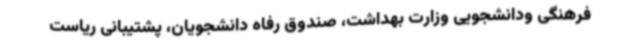
فرهنگی ودانشجویی وزارت بهداشت، صندوق رفاه دانشجویان، پشتیبانی ریاست